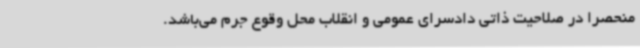
منحصراً در صلاحیت ذاتی دادسرای عمومی و انقلاب محل وقوع جرم می‌باشد.